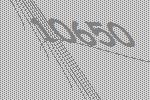
10650